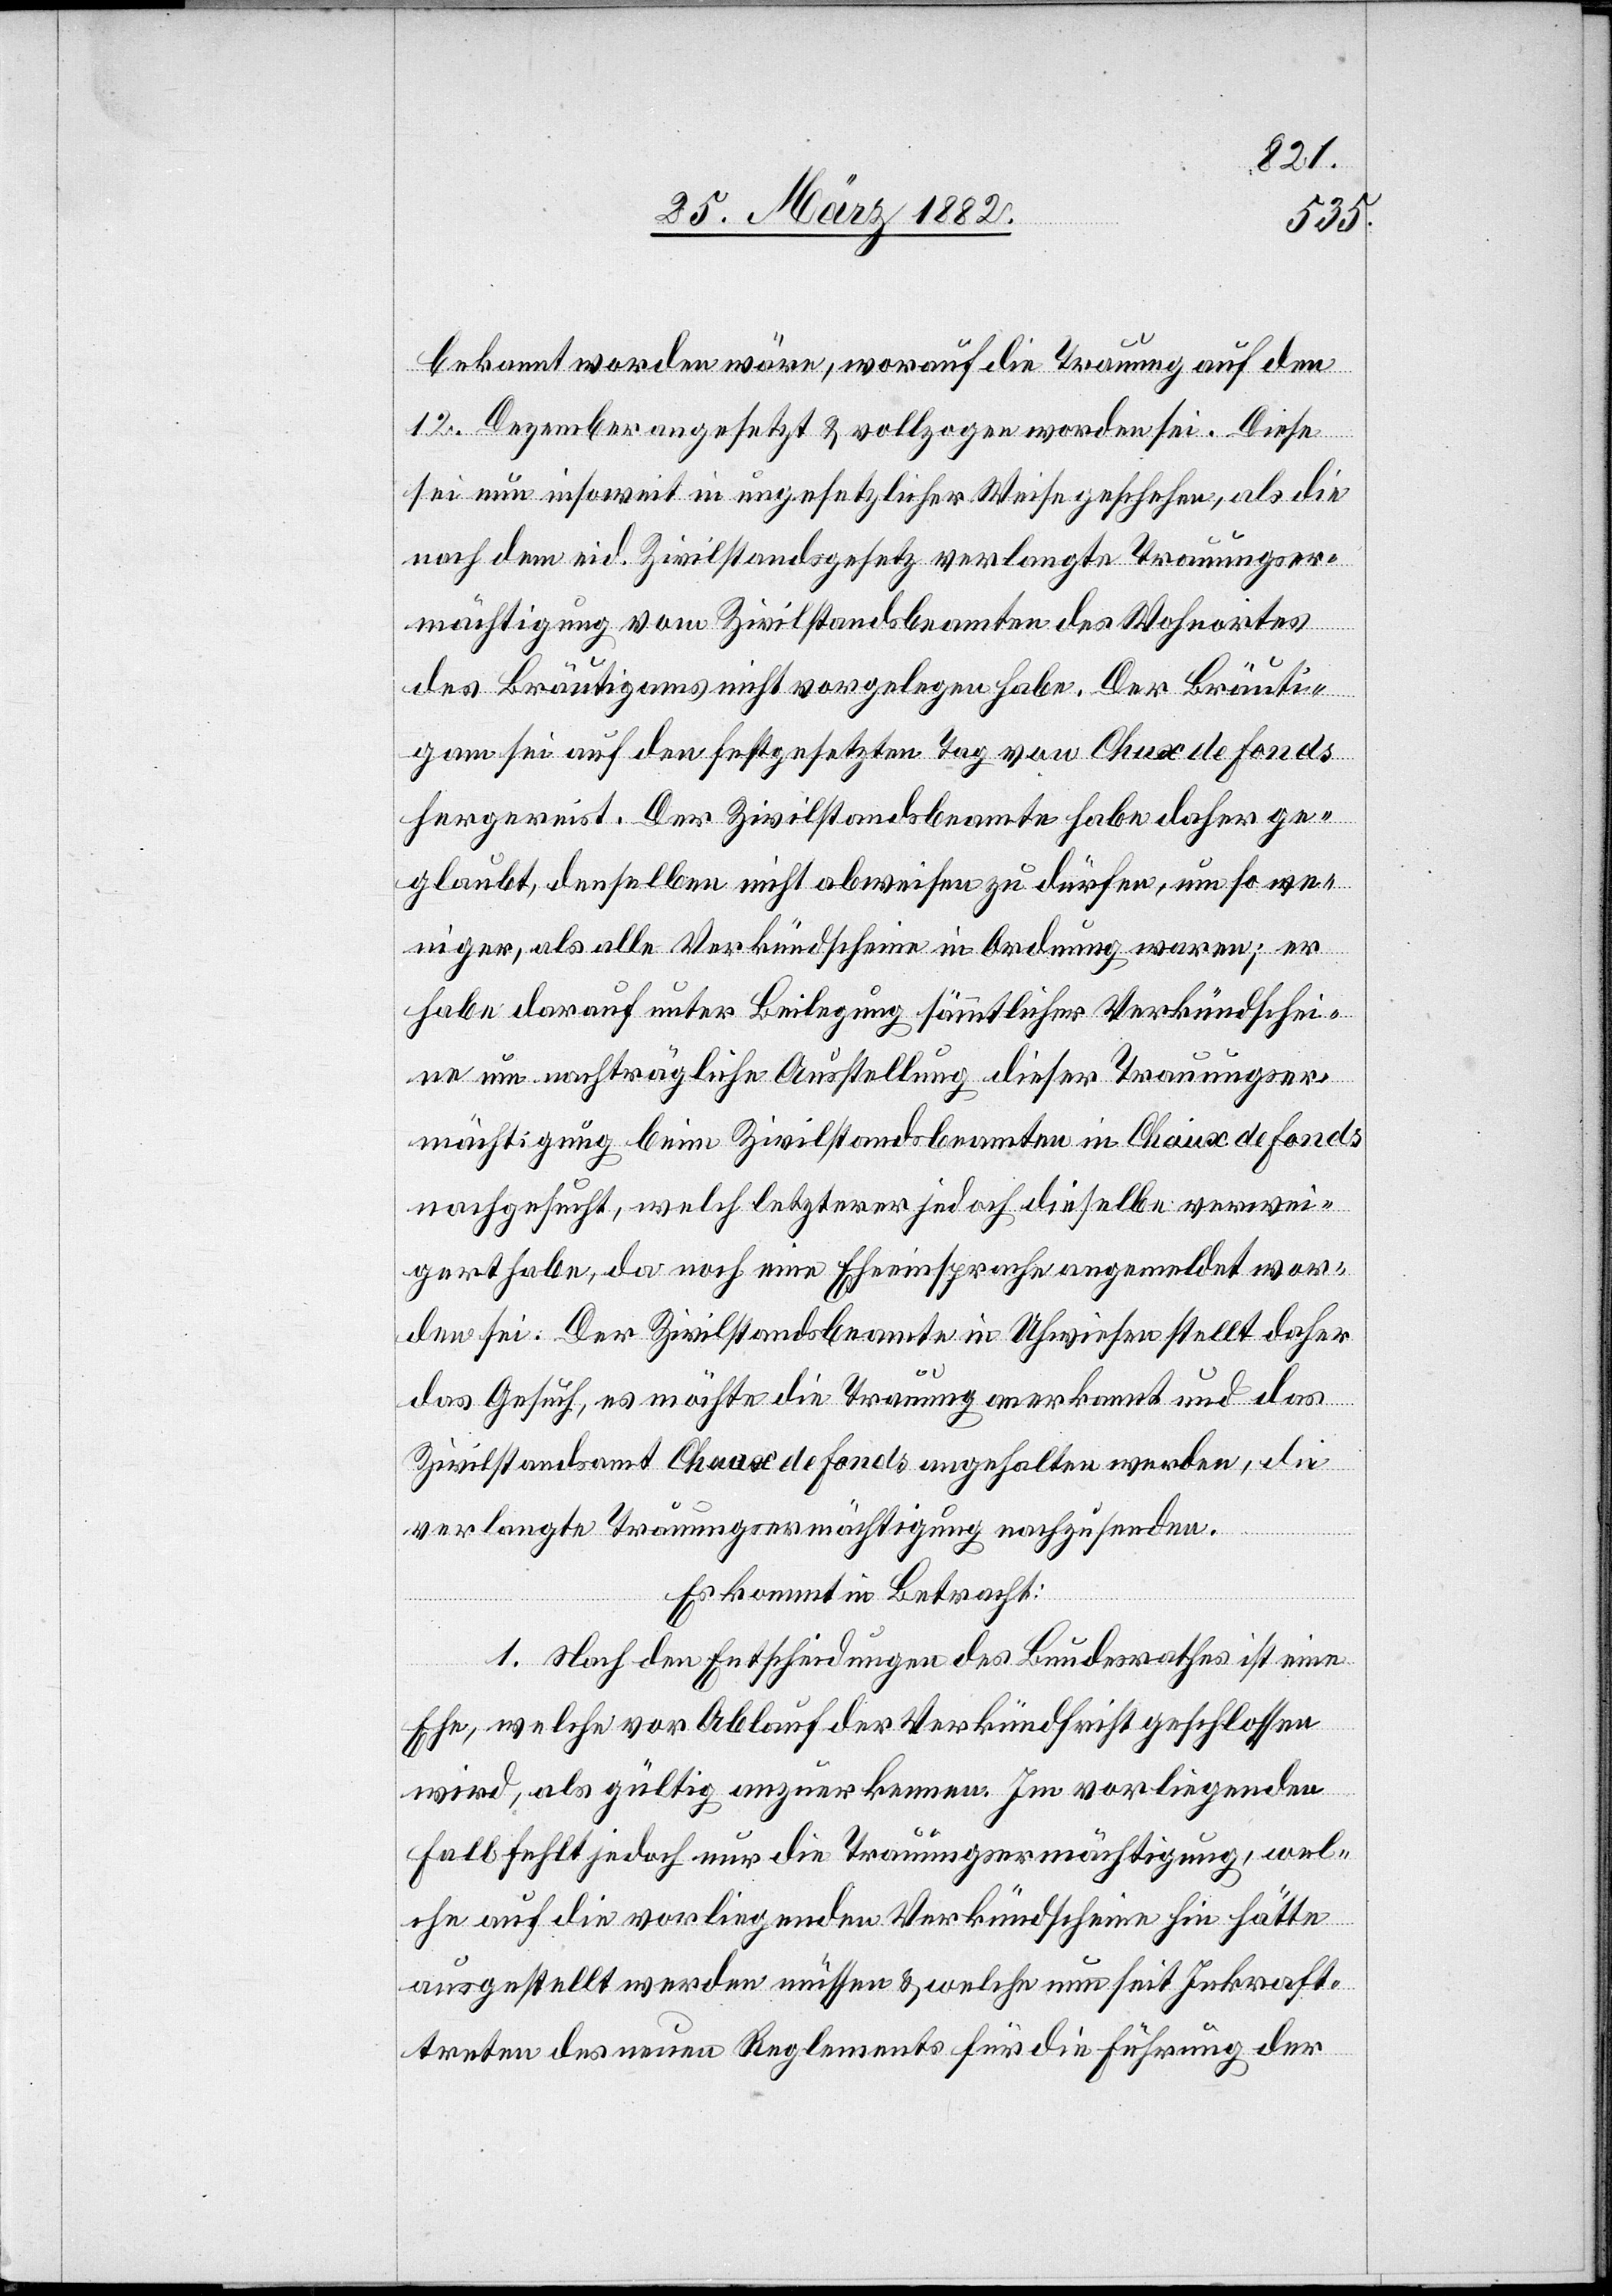
bekannt worden wäre, worauf die Trauung auf den
12. Dezember angesetzt & vollzogen worden sei. Diese
sei nun insoweit in ungesetzlicher Weise geschehen, als die
nach dem eid. Zivilstandsgesetz verlangte Trauungser¬
mächtigung vom Zivilstandsbeamten des Wohnortes
des Bräutigams nicht vorgelegen habe. Der Bräuti¬
gam sei auf den festgesetzten Tag von Chaux de fonds
hergereist. Der Zivilstandsbeamte habe daher ge¬
glaubt, denselben nicht abweisen zu dürfen, um so we¬
niger, als alle Verkündscheine in Ordnung waren; er
habe darauf unter Beilegung sämmtlicher Verkündschei¬
ne um nachträgliche Ausstellung dieser Trauungser¬
mächtigung beim Zivilstandsbeamten in Chaux de fonds
nachgesucht, welch letztere jedoch dieselben verwei¬
gert haben, da noch eine Eheeinsprache angemeldet wor¬
den sei. Der Zivilstandsbeamte in Uhwiesen stellt daher
das Gesuch, es möchte die Trauung anerkannt und das
Zivilstandsamt Chaux de fonds angehalten werden, die
verlangte Trauungsermächtigung nachzusenden.
Es kommt in Betracht:
1. Nach den Entscheidungen des Bundesrathes ist eine
Ehe, welche vor Ablauf der Verkündigungsfrist geschlossen
wird, als gültig anzuerkennen. Im vorliegenden
Fall fehlt jedoch nur die Trauungsermächtigung, wel¬
che auf die vorliegenden Verkündscheine hin hätte
ausgestellt werden müssen & welche nun seit Inkraft¬
treten des neuen Reglements für die Führung der